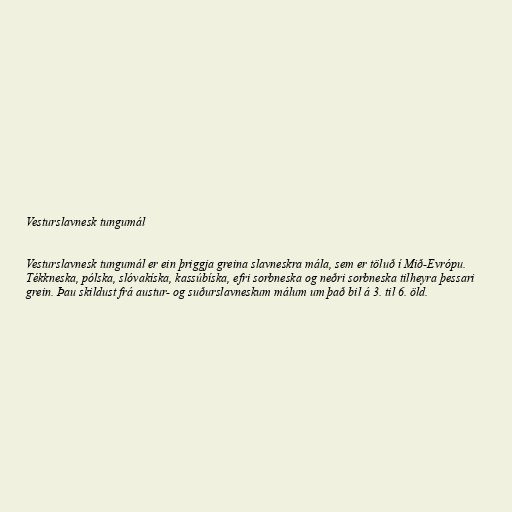
Vesturslavnesk tungumál

Vesturslavnesk tungumál er ein þriggja greina slavneskra mála, sem er töluð í Mið-Evrópu.
Tékkneska, pólska, slóvakíska, kassúbíska, efri sorbneska og neðri sorbneska tilheyra þessari
grein. Þau skildust frá austur- og suðurslavneskum málum um það bil á 3. til 6. öld.